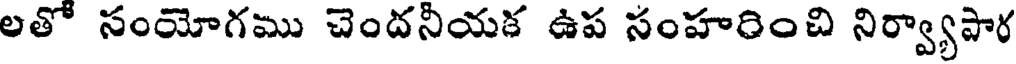
లతో సంయోగము చెందనీయక ఉప సంహరించి నిర్వ్యాపార